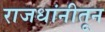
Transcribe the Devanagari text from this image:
राजधांनीतून